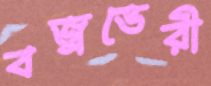
বজ্রভেরী